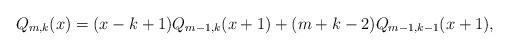
LaTeX: \begin{align*}Q_{m,k}(x)=(x-k+1)Q_{m-1,k}(x+1)+(m+k-2)Q_{m-1,k-1}(x+1),\end{align*}